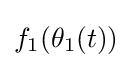
f_{1}(\theta _{1}(t))